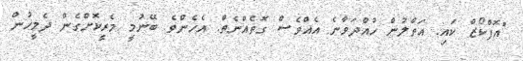
"އޮފްކޯޒް ކައި. އަތްލުން ހުއްދަވާނެ އެއްވެސް ގޮތެއްނެތް. އެހެންވެ ބޭނުމީ މެރީކޮށްގެން ދެމީހުން